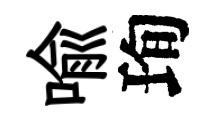
喩珣